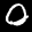
Label: 0